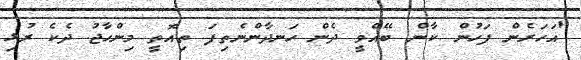
"އަހަރެން ފަހުން ކާން ބޭއްވީ ދެން ހަނދާންނެތިފަ ތިއޮތީ މިންހާޖު ދެކެ ރުޅި